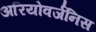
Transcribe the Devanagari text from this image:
अरियोवर्जनिस